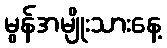
မွန်အမျိုးသားနေ့